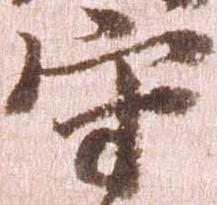
守